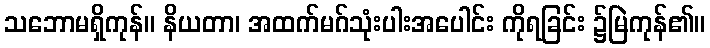
သဘောမရှိကုန်။ နိယတာ၊ အထက်မဂ်သုံးပါးအပေါင်း ကိုရခြင်း ၌မြဲကုန်၏။